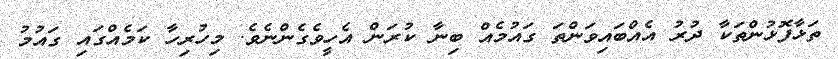
ތަޅާފޮޅުންތަކާ ދުރު އެއްބައިވަންތަ ގައުމެއް ބިނާ ކުރަން އެހީވެގެންނެވެ. މިހުރިހާ ކަމެއްގައި ގައުމު